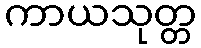
ကာယသုတ္တ